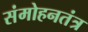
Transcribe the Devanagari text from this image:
संमोहनतंत्र